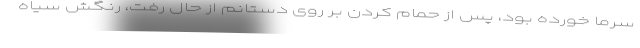
سرما خورده بود، پس از حمام کردن بر روی دستانم از حال رفت، رنگش سیاه